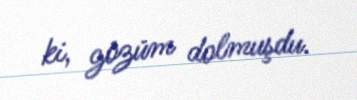
ki, gözüm dolmuşdu.